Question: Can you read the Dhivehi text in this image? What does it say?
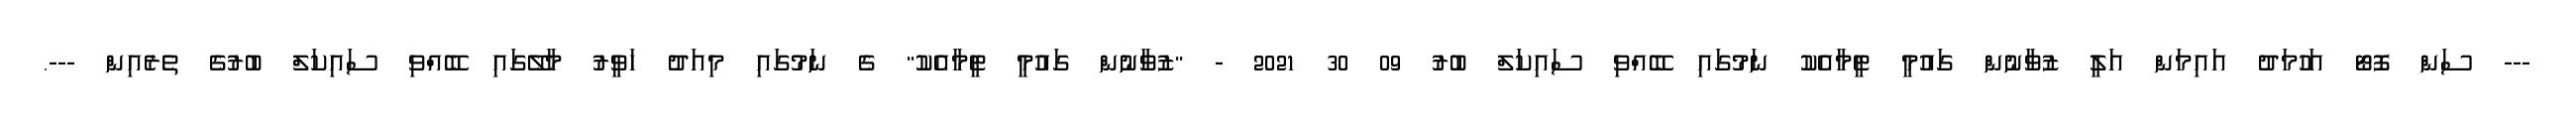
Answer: --- ސަން ފޮޓޯ އަހުމަދު އައިމަން އަލީ ޒުވާނުން ގައުމީ ޓީމާއެކު ނަމުގައި ބޭއްވި ސައިކަލް ބުރު 09 30 2021 - "ޒުވާނުން ގައުމީ ޓީމާއެކު" ގެ ނަމުގައި މިއަދު ހަވީރު މާލޭގައި ބޭއްވި ސައިކަލް ބުރުގެ ތެރެއިން ---.